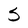
Character: S